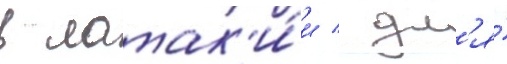
в латак'и́и / дл'я́